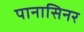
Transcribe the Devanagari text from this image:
पानासिनर